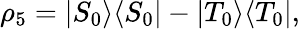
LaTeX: \begin{array}{r}{\rho_{5}=\vert{S_{0}}\rangle\langle{S_{0}}\vert-\vert{T_{0}}\rangle\langle{T_{0}}\vert,}\end{array}